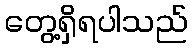
တွေ့ရှိရပါသည်